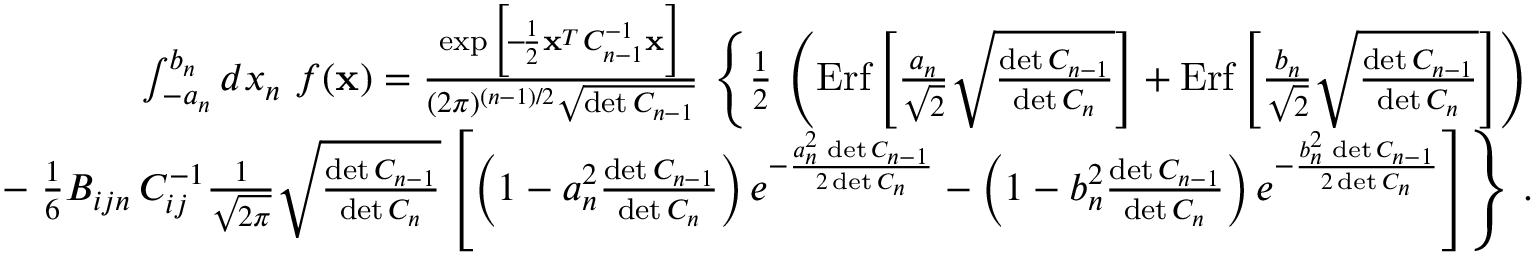
\begin{array} { r l r } & { } & { \int _ { - a _ { n } } ^ { b _ { n } } d x _ { n } \ f ( { \bf x } ) = { \frac { \exp \Big [ \! - \! { \frac { 1 } { 2 } } { \bf x } ^ { _ T } C _ { n - 1 } ^ { - 1 } { \bf x } \Big ] } { ( 2 \pi ) ^ { ( n - 1 ) / 2 } \sqrt { \operatorname* { d e t } C _ { n - 1 } } } } \, \left\{ { \frac { 1 } { 2 } } \, \left( \mathrm { E r f } \left[ { \frac { a _ { n } } { \sqrt 2 } } \sqrt { \frac { \operatorname* { d e t } C _ { n - 1 } } { \operatorname* { d e t } C _ { n } } } \right] + \mathrm { E r f } \left[ { \frac { b _ { n } } { \sqrt 2 } } \sqrt { \frac { \operatorname* { d e t } C _ { n - 1 } } { \operatorname* { d e t } C _ { n } } } \right] \right) \right. } \\ & { } & { - \left. { \frac { 1 } { 6 } } B _ { i j n } \, C _ { i j } ^ { - 1 } { \frac { 1 } { \sqrt { 2 \pi } } } \sqrt { \frac { \operatorname* { d e t } C _ { n - 1 } } { \operatorname* { d e t } C _ { n } } } \left[ \left( 1 - a _ { n } ^ { 2 } { \frac { \operatorname* { d e t } C _ { n - 1 } } { \operatorname* { d e t } C _ { n } } } \right) e ^ { - { \frac { a _ { n } ^ { 2 } \, \operatorname* { d e t } C _ { n - 1 } } { 2 \operatorname* { d e t } C _ { n } } } } - \left( 1 - b _ { n } ^ { 2 } { \frac { \operatorname* { d e t } C _ { n - 1 } } { \operatorname* { d e t } C _ { n } } } \right) e ^ { - { \frac { b _ { n } ^ { 2 } \, \operatorname* { d e t } C _ { n - 1 } } { 2 \operatorname* { d e t } C _ { n } } } } \right] \right\} \, . } \end{array}